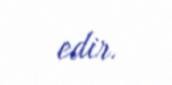
edir.